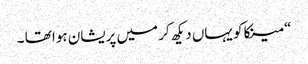
“ مینکاکو یہاں دیکھ کر میں پریشان ہوا تھا ۔